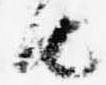
由